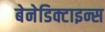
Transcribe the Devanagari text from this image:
बेनेडिक्टाइन्स